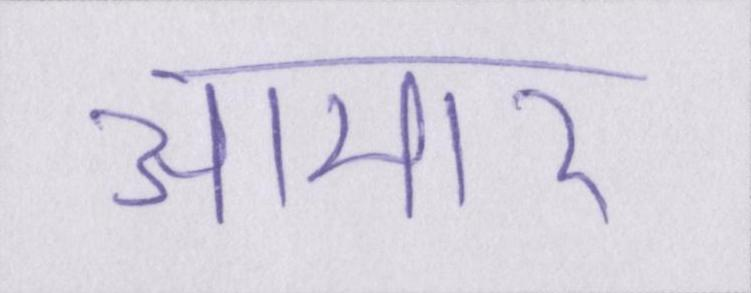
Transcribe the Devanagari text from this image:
आमार